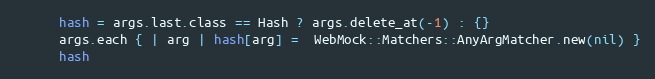
Language: Ruby
      hash = args.last.class == Hash ? args.delete_at(-1) : {}
      args.each { | arg | hash[arg] =  WebMock::Matchers::AnyArgMatcher.new(nil) }
      hash